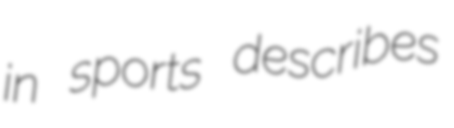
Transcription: in sports describes